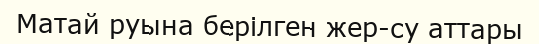
Матай руына берілген жер-су аттары